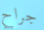
جراح